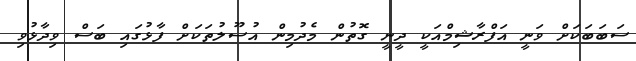
ސަބަބަކަށް ވަނީ އަފްރާޝިމްއަކީ ދީނީ ގޮތުން މެދުމިން އުސޫލުތަކަށް ފާޅުގައި ބަސް ވިދާޅުވި